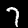
Digit: 7